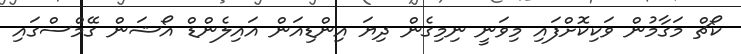
ކޯޗް މަގާމުން ވަކިކޮށްފައި މިވަނީ ނިމިގެން ދިޔަ އިންޑިއަން އައިލެންޑް އޯޝަން ގޭމްސްގައި